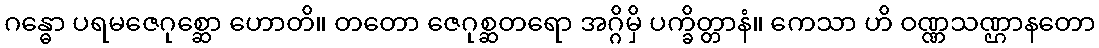
ဂန္ဓော ပရမဇေဂုစ္ဆော ဟောတိ။ တတော ဇေဂုစ္ဆတရော အဂ္ဂိမှိ ပက္ခိတ္တာနံ။ ကေသာ ဟိ ဝဏ္ဏသဏ္ဌာနတော